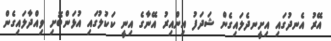
އޭރު އެނދުގައި އިށީނދެލައިގެން ޝަދަފު އިންއިރު އޭނާގެ އިނީ ކަކުލުގައި އުޅަންބޮށި ވިއްދާލައިގެން